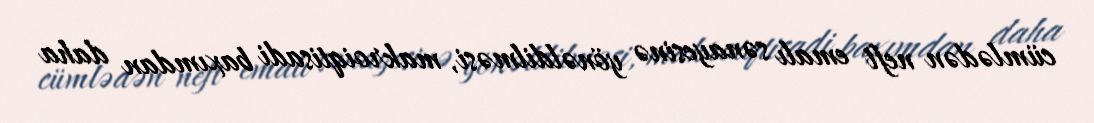
cümlədən neft emalı sənayesinə yönəldilməsi, makroiqtisadi baxımdan daha